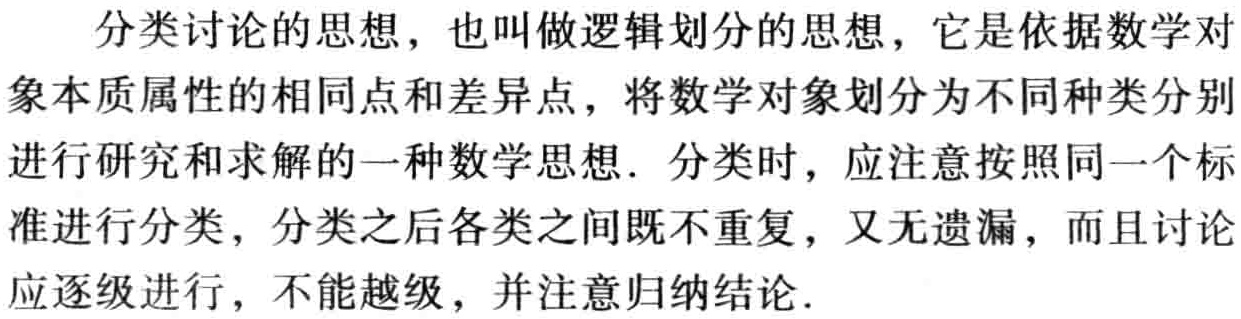
分类讨论的思想，也叫做逻辑划分的思想，它是依据数学对象本质属性的相同点和差异点，将数学对象划分为不同种类分别进行研究和求解的一种数学思想．分类时，应注意按照同一个标准进行分类，分类之后各类之间既不重复，又无遗漏，而且讨论应逐级进行，不能越级，并注意归纳结论．